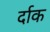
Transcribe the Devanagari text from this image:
र्दाक